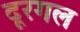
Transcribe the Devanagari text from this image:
दूरगल